Sketch of the medical history of the native army of Bombay, for the year
Year: 1872
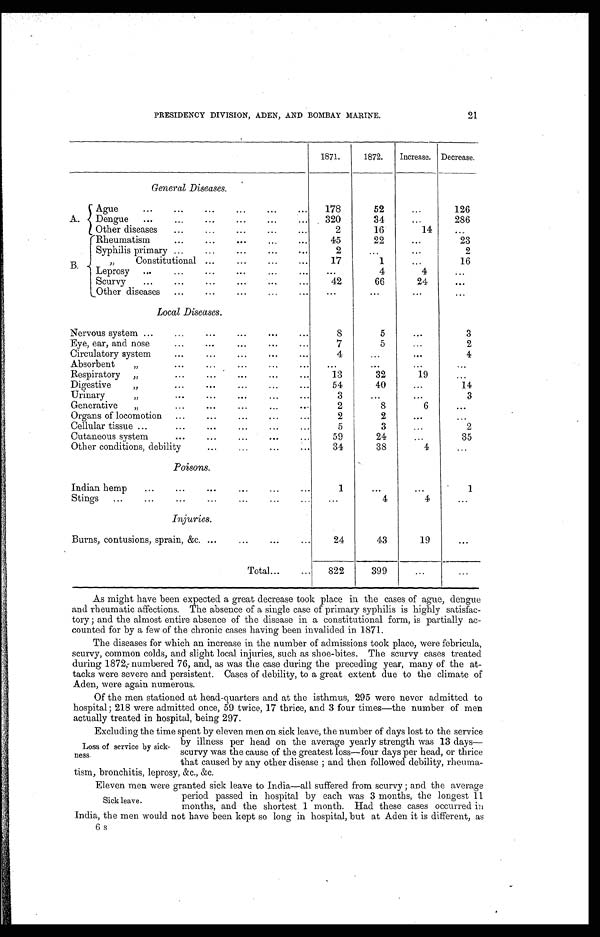
PRESIDENCY DIVISION, ADEN, AND BOMBAY MARINE.
21
1871.
1872.
Increase. Decrease.
General Diseases.
A.
A g u e . . .
178
52
. . .
126
Dengue
. . .
320
34
. . .
286
Other diseases . . .
2
16
14
. . .
Rheumatism . . .
45
22
. . .
23
Syphilis primary . . .
2
. . .
. . .
2
B.
" Constitutional
. . .
17
1
. . .
16
L e p r o s y . . .
. . .
4
4
. . .
S c u r v y . . .
42
66
24
. . .
Other diseases . . .
. . .
. . .
. . .
. . .
Local Diseases.
Nervous system . . .
8
5
. . .
3
Eye, ear, and nose . . .
7
5
. . .
2
Circulatory system . . .
4
. . .
. . .
4
Absorbent " . .
. . .
. . .
. . .
. . .
Respiratory " . . .
13
32
19
. . .
Digestive ". . .
5 4
40
. . .
14
Urinary " . . .
3
. . .
. . .
3
Generative " . . .
2
8
6
. . .
Organs of locomotion . . .
2
2
. . .
. . .
Cellular tissue . . .
5
3
. . .
2
Cutaneous system . . .
59
24
. . .
35
Other conditions, debility . . .
34
38
4
. . .
Poisons.
Indian hemp . . .
1
. . .
. . .
1
Stings . . .
. . .
4
4
. . .
Injuries.
Burns, contusions, sprain, &c. . . .
24
43
19
. . .
Total . . .
822
399
. . .
. . .
As might have been expected a great decrease took place in the cases of ague, dengue
and rheumatic affections. The absence of a single case of primary syphilis is highly satisfac
-tory; and the almost entire absence of the disease in a constitutional form, is partially ac
- c o u n t e d f o r b y a f e w o f t h e c h r o n i c c a s e s h a v i n g b e e n i n v a l i d e d i n 1 8 7 1 .
The diseases for which an increase in the number of admissions took place, were febricula,
scurvy, common colds, and slight local injuries, such as shoe-bites. The scurvycases treated
during 1872,numbered 76, and, as was the case during the preceding year, many of the at
-tacks weresevere and persistent. Cases of debility, to a great extent due to the climate of
Aden, were again numerous.
Of the men stationed at head-quarters and at the isthmus, 295 were never admitted to
hospital; 218 were admitted once, 59 twice, 17 thrice, and 3 four times—the number of men
actually treated in hospital, being 297.
Excluding the time spent by eleven men on sick leave, the number of days lost to the service
by illness per head on the average yearly strength was 13 days
—scurvy was the cause of the greatest loss—four days per head, or thrice
that caused by any other disease; and then followed debility, rheuma
-
tism, bronchitis, leprosy, &c., &c.
Eleven men were granted sick leave to India—all suffered from scurvy; and the average
period passed in hospital by each was 3 months, the longest 11
months, and the shortest 1 month. Had these cases occurred in
India, the men would not have been kept so long in hospital, but at Aden it is different, as
Loss of service by sick
- n e s s .
Sick leave.
6s